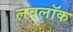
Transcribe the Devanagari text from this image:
लवलॉक